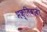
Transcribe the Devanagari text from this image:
भक्तिवादी